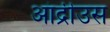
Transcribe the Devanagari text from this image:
आंद्रीउस